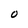
Character: O